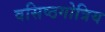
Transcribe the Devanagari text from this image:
वसिष्ठगोत्रिय